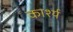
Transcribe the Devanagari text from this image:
कार्श्य